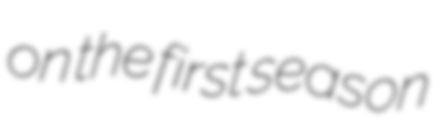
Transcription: on the first season